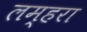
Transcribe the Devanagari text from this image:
लम्हरा